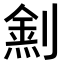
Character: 𠟛